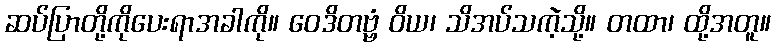
ဆပ်ပြာတို့ကိုပေးရာအခါကို။ ဝေဒိတဗ္ဗံ ဝိယ၊ သိအပ်သကဲ့သို့။ တထာ၊ ထို့အတူ။